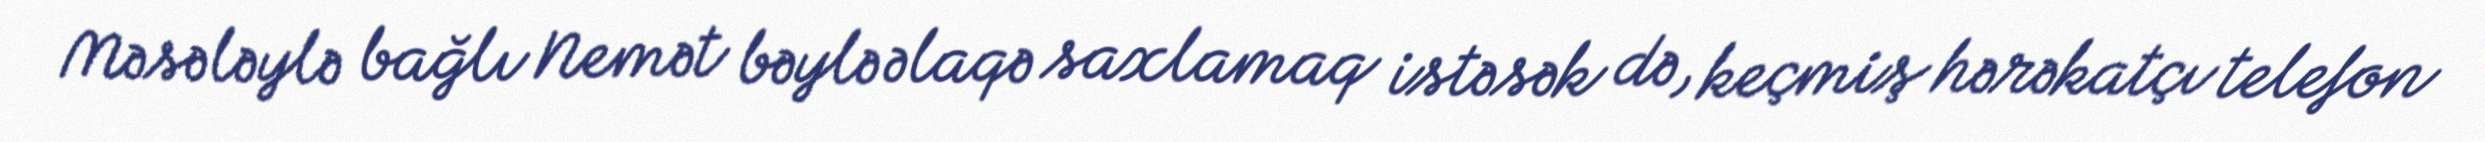
Məsələylə bağlı Nemət bəylə əlaqə saxlamaq istəsək də, keçmiş hərəkatçı telefon